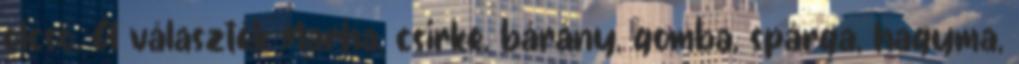
olcsó. A választék Marha, csirke, bárány, gomba, spárga, hagyma,